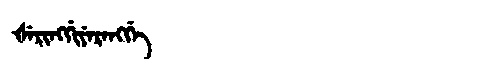
Manchu: ᡧᡝᡵᡳᠩᡤᡳᠶᡝᡵᡝᠩᡤᡝ
Romanization: ŠERINGGIYERENGGE